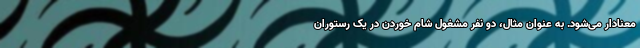
معنادار می‌شود. به عنوان مثال، دو نفر مشغول شام خوردن در یک رستوران